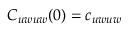
C _ { u w u w } ( 0 ) = c _ { u w u w }